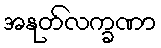
အနုတ်လက္ခဏာ